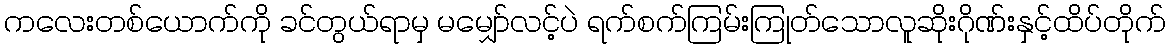
ကလေးတစ်ယောက်ကို ခင်တွယ်ရာမှ မမျှော်လင့်ပဲ ရက်စက်ကြမ်းကြုတ်သောလူဆိုးဂိုဏ်းနှင့်ထိပ်တိုက်